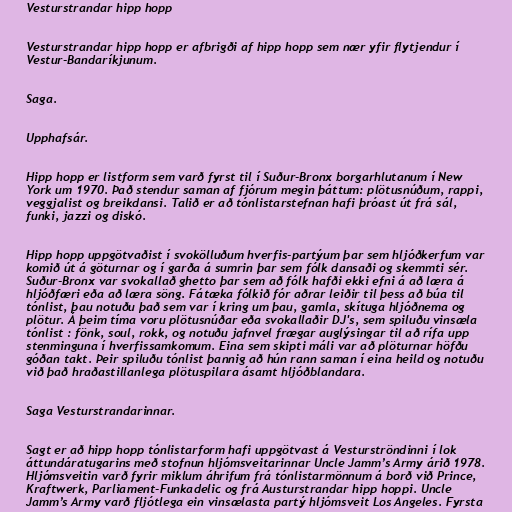
Vesturstrandar hipp hopp

Vesturstrandar hipp hopp er afbrigði af hipp hopp sem nær yfir flytjendur í
Vestur-Bandaríkjunum.

Saga.

Upphafsár.

Hipp hopp er listform sem varð fyrst til í Suður-Bronx borgarhlutanum í New
York um 1970. Það stendur saman af fjórum megin þáttum: plötusnúðum, rappi,
veggjalist og breikdansi. Talið er að tónlistarstefnan hafi þróast út frá sál,
funki, jazzi og diskó.

Hipp hopp uppgötvaðist í svokölluðum hverfis-partýum þar sem hljóðkerfum var
komið út á göturnar og í garða á sumrin þar sem fólk dansaði og skemmti sér.
Suður-Bronx var svokallað ghetto þar sem að fólk hafði ekki efni á að læra á
hljóðfæri eða að læra söng. Fátæka fólkið fór aðrar leiðir til þess að búa til
tónlist, þau notuðu það sem var í kring um þau, gamla, skítuga hljóðnema og
plötur. Á þeim tíma voru plötusnúðar eða svokallaðir DJ's, sem spiluðu vinsæla
tónlist : fönk, soul, rokk, og notuðu jafnvel frægar auglýsingar til að rífa upp
stenminguna í hverfissamkomum. Eina sem skipti máli var að plöturnar höfðu
góðan takt. Þeir spiluðu tónlist þannig að hún rann saman í eina heild og notuðu
við það hraðastillanlega plötuspilara ásamt hljóðblandara.

Saga Vesturstrandarinnar.

Sagt er að hipp hopp tónlistarform hafi uppgötvast á Vesturströndinni í lok
áttundáratugarins með stofnun hljómsveitarinnar Uncle Jamm’s Army árið 1978.
Hljómsveitin varð fyrir miklum áhrifum frá tónlistarmönnum á borð við Prince,
Kraftwerk, Parliament-Funkadelic og frá Austurstrandar hipp hoppi. Uncle
Jamm’s Army varð fljótlega ein vinsælasta partý hljómsveit Los Angeles. Fyrsta